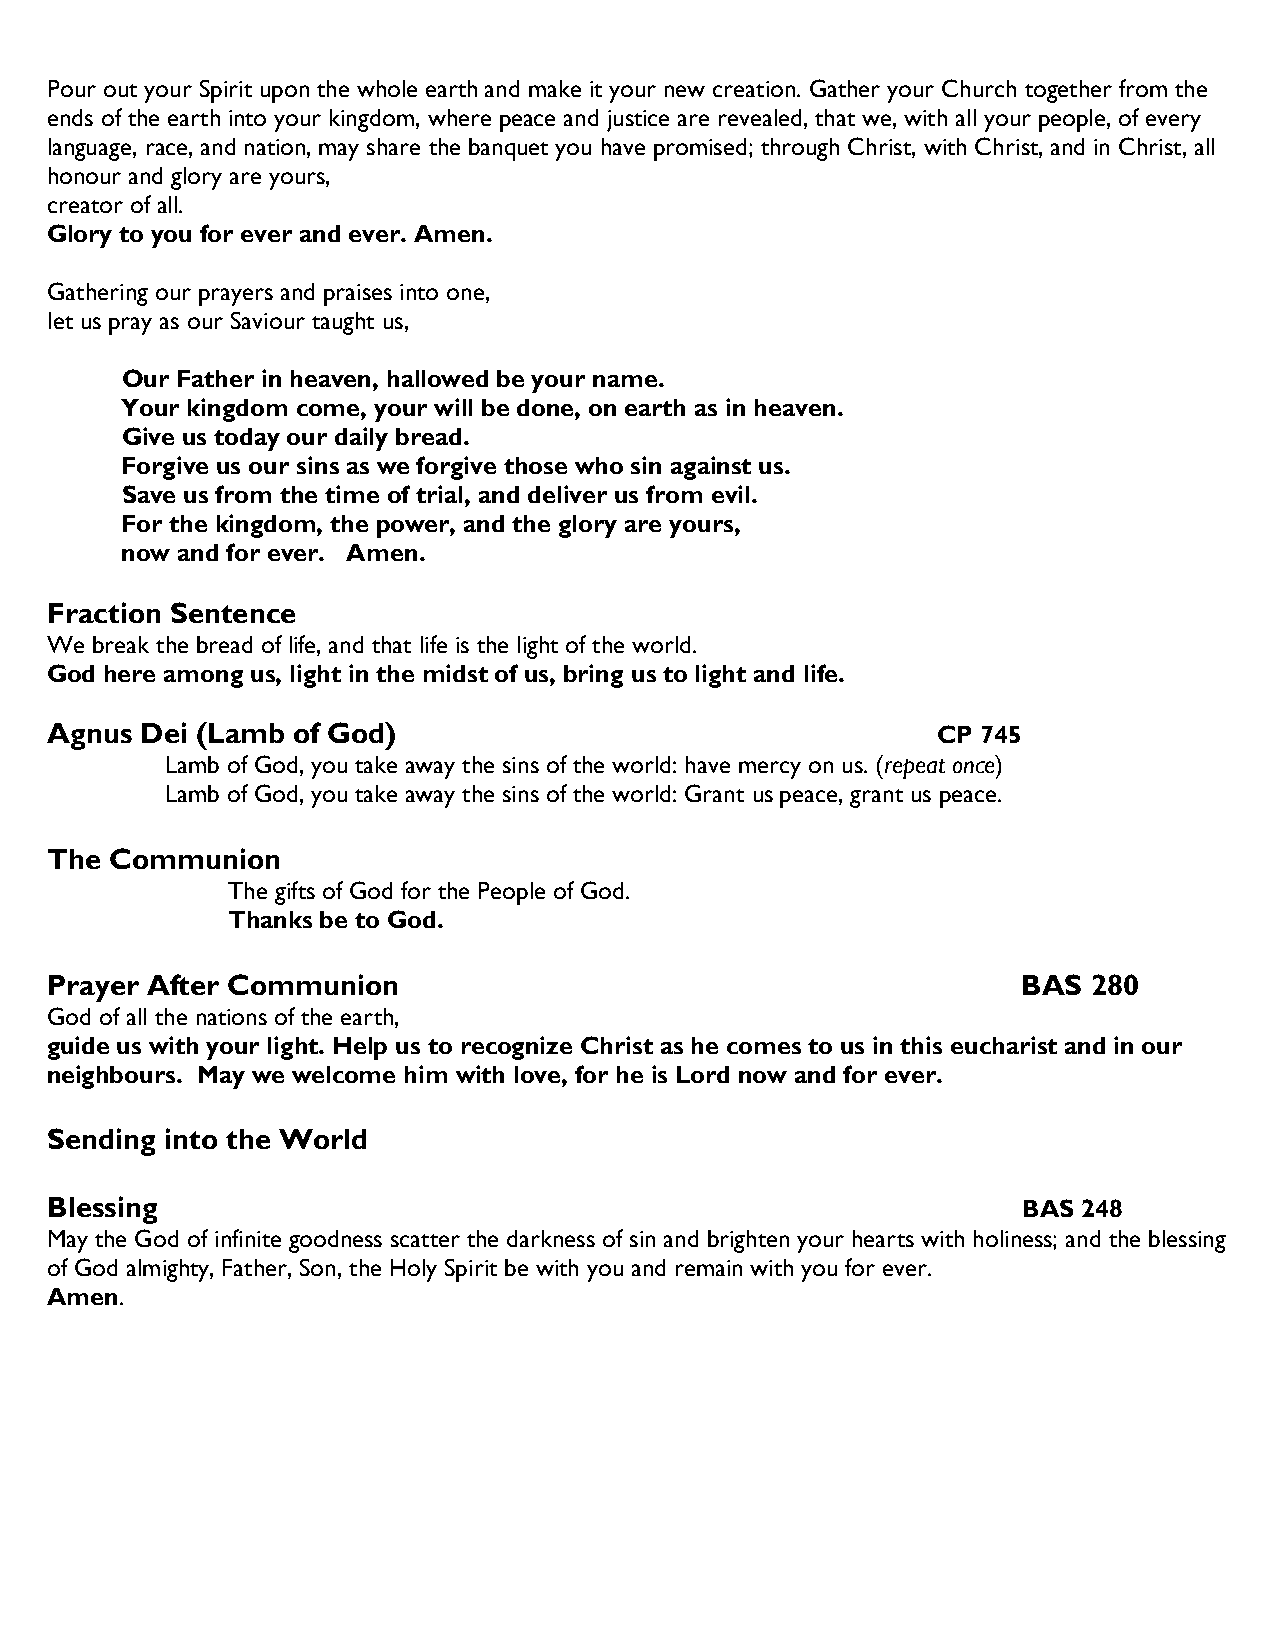
Pour out your Spirit upon the whole earth and make it your new creation. Gather your Church together from the
 ends of the earth into your kingdom, where peace and justice are revealed, that we, with all your people, of every
 language, race, and nation, may share the banquet you have promised; through Christ, with Christ, and in Christ, all
 honour and glory are yours,
 creator of all.
 Glory to you for ever and ever. Amen.
 Gathering our prayers and praises into one,
 let us pray as our Saviour taught us,
 Our Father in heaven, hallowed be your name.
 Your kingdom come, your will be done, on earth as in heaven.
 Give us today our daily bread.
 Forgive us our sins as we forgive those who sin against us.
 Save us from the time of trial, and deliver us from evil.
 For the kingdom, the power, and the glory are yours,
 now and for ever. Amen.
 Fraction Sentence
 We break the bread of life, and that life is the light of the world.
 God here among us, light in the midst of us, bring us to light and life.
 Agnus Dei (Lamb of God)                                    CP 745
 Lamb of God, you take away the sins of the world: have mercy on us. (repeat once)
 Lamb of God, you take away the sins of the world: Grant us peace, grant us peace.
 The Communion
 The gifts of God for the People of God.
 Thanks be to God.
 Prayer After Communion                                           BAS 280
 God of all the nations of the earth,
 guide us with your light. Help us to recognize Christ as he comes to us in this eucharist and in our
 neighbours. May we welcome him with love, for he is Lord now and for ever.
 Sending into the World
 Blessing                                                         BAS 248
 May the God of infinite goodness scatter the darkness of sin and brighten your hearts with holiness; and the blessing
 of God almighty, Father, Son, the Holy Spirit be with you and remain with you for ever.
 Amen.